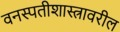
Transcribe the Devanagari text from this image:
वनस्पतीशास्त्रावरील